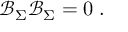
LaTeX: \mathcal { B } _ { \Sigma } \mathcal { B } _ { \Sigma } = 0 \; .